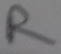
Text: R